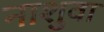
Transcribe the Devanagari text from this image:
नाशुवा